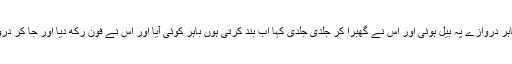
اتنے میں باہر دروازے پہ بیل ہوئی اور اس نے گھبرا کر جلدی جلدی کہا اب بند کرتی ہوں باہر کوئی آیا اور اس نے فون رکھ دیا اور جا کر دروازہ کھولا۔